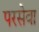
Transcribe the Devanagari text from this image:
परसेवा